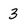
Character: 3